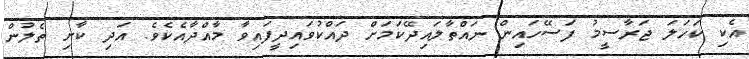
އެކި ކަހަލަ ޖަރާސީމު ފަސޭހައިން ނައްތާލައިދޭކަމަށް ދައްކުވައިދީފައިވާ މާއްދާއެކެވެ. އަދި ކާށި ތެލުން